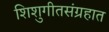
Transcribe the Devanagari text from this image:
शिशुगीतसंग्रहात